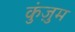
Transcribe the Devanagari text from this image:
कुंज़ुम